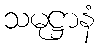
သမုဋ္ဌာနံ